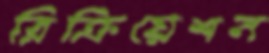
রিক্রিয়েশন